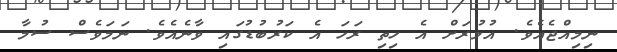
ނިމިއްޖެއެވެ. އުމުރަށް އެ ހިތި ރަހަ އެ ކަރުބުޑުގައި ވާނެއެވެ. ނަމަވެސް ސުމާ